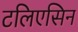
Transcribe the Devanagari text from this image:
टलिएसिन